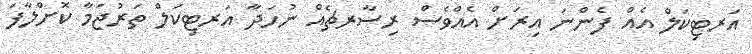
އަރޓިކަލް އެއް ފެންނަ އިރަށް އެއްވެސް ރިސާރޗެއް ނުހަދާ އަރޓިކަލް ތަރުޖަމާ ކޮށްލާފަ